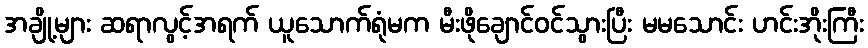
အချို့များ ဆရာလွင့်အရက် ယူသောက်ရုံမက မီးဖိုချောင်ဝင်သွားပြီး မမသောင်း ဟင်းအိုးကြီး